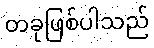
တခုဖြစ်ပါသည်